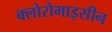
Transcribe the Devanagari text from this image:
क्लोरोमाइसीन